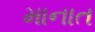
માનાત